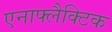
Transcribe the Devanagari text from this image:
एनाफ्लैक्टिक